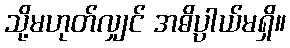
သို့မဟုတ်လျှင် အဓိပ္ပါယ်မရှိ။